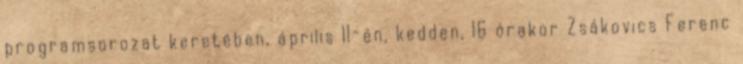
programsorozat keretében, április 11-én, kedden, 16 órakor Zsákovics Ferenc